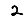
Digit: 2